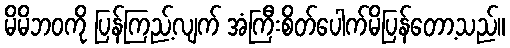
မိမိဘဝကို ပြန်ကြည့်လျက် အံကြီးစိတ်ပေါက်မိပြန်တော့သည်။